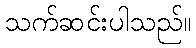
သက်ဆင်းပါသည်။